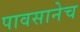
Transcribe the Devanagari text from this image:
पावसानेच